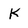
Character: K